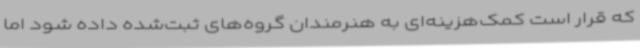
که قرار است کمک‌هزینه‌ای به هنرمندان گروه‌های ثبت‌شده داده شود اما